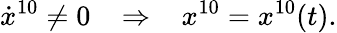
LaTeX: \dot{x}^{10}\neq 0\; \; \; \Rightarrow\; \; \; x^{10}=x^{10}(t).